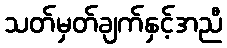
သတ်မှတ်ချက်နှင့်အညီ